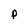
Character: p